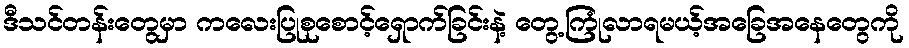
ဒီသင်တန်းတွေမှာ ကလေးပြုစုစောင့်ရှောက်ခြင်းနဲ့ တွေ့ကြုံလာရမယ့်အခြေအနေတွေကို